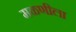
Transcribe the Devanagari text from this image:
मळणीला